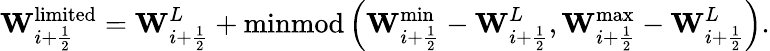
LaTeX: \mathbf{W}_{i+\frac{1}{2}}^{\mathrm{limited}}=\mathbf{W}_{i+\frac{1}{2}}^{L}+\operatorname{minmod}\left(\mathbf{W}_{i+\frac{1}{2}}^{\operatorname*{min}}-\mathbf{W}_{i+\frac{1}{2}}^{L},\mathbf{W}_{i+\frac{1}{2}}^{\operatorname*{max}}-\mathbf{W}_{i+\frac{1}{2}}^{L}\right).